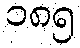
၁၈၅